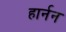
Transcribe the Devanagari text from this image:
हार्नन